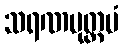
သရဏမုတ္တမံ